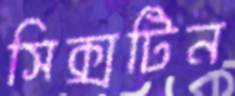
সিক্সটিন